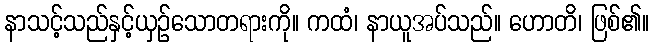
နာသင့်သည်နှင့်ယှဉ်သောတရားကို။ ကထံ၊ နာယူအပ်သည်။ ဟောတိ၊ ဖြစ်၏။